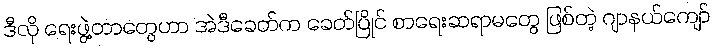
ဒီလို ရေးဖွဲ့တာတွေဟာ အဲဒီခေတ်က ခေတ်ပြိုင် စာရေးဆရာမတွေ ဖြစ်တဲ့ ဂျာနယ်ကျော်